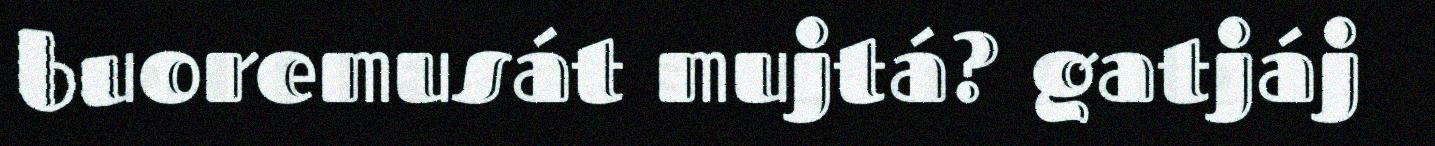
buoremusát mujtá? gatjáj